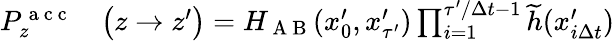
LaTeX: \begin{array}{rl}{P_{z}^{\mathrm{~a~c~c~}}}&{{}\bigl(z\to z^{\prime}\bigr)=H_{\mathrm{~A~B~}}(x_{0}^{\prime},x_{\tau^{\prime}}^{\prime})\prod_{i=1}^{\tau^{\prime}/\Delta t-1}\widetilde{h}(x_{i\Delta t}^{\prime})}\end{array}